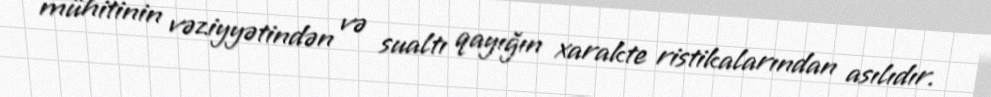
mühitinin vəziyyətindən və sualtı qayığın xarakte ristikalarından asılıdır.